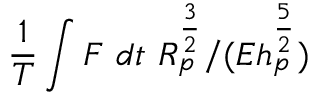
\frac { 1 } { T } \int F ~ d t ~ R _ { p } ^ { \frac { 3 } { 2 } } / ( E h _ { p } ^ { \frac { 5 } { 2 } } )